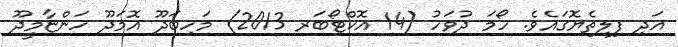
އަދި ފިލިތެޔޮގައެވެ. ހޯމަ ދުވަހު (14 އޮކްޓޯބަރ 2013) މަހިބަދޫ އޮމަދޫ ހަންޏާމީދޫ